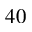
^ { 4 0 }